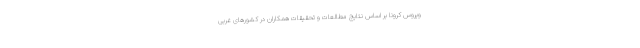
ویروس کرونا بر اساس نتایج مطالعات و تحقیقات همکاران در کشورهای غربی